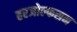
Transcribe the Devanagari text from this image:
हरजोल्फसन